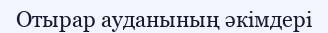
Отырар ауданының әкімдері